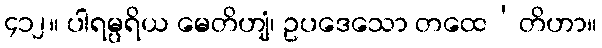
၄၁၂။ ပါရမ္ပရိယ မေတိဟျံ၊ ဥပဒေသော တထေ’တိဟာ။